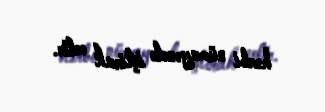
hərbi nümayəndə iştirak edir.